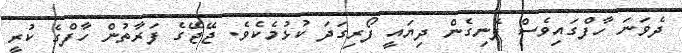
ދެވަނަ ހާފްގައިވެސް ފެނިގެން ދިޔައީ ފޯރިގަދަ ކުޅުމެކެވެ. ޖޭޖޭގެ ފަރާތުން ހާފްގެ ކުރީ